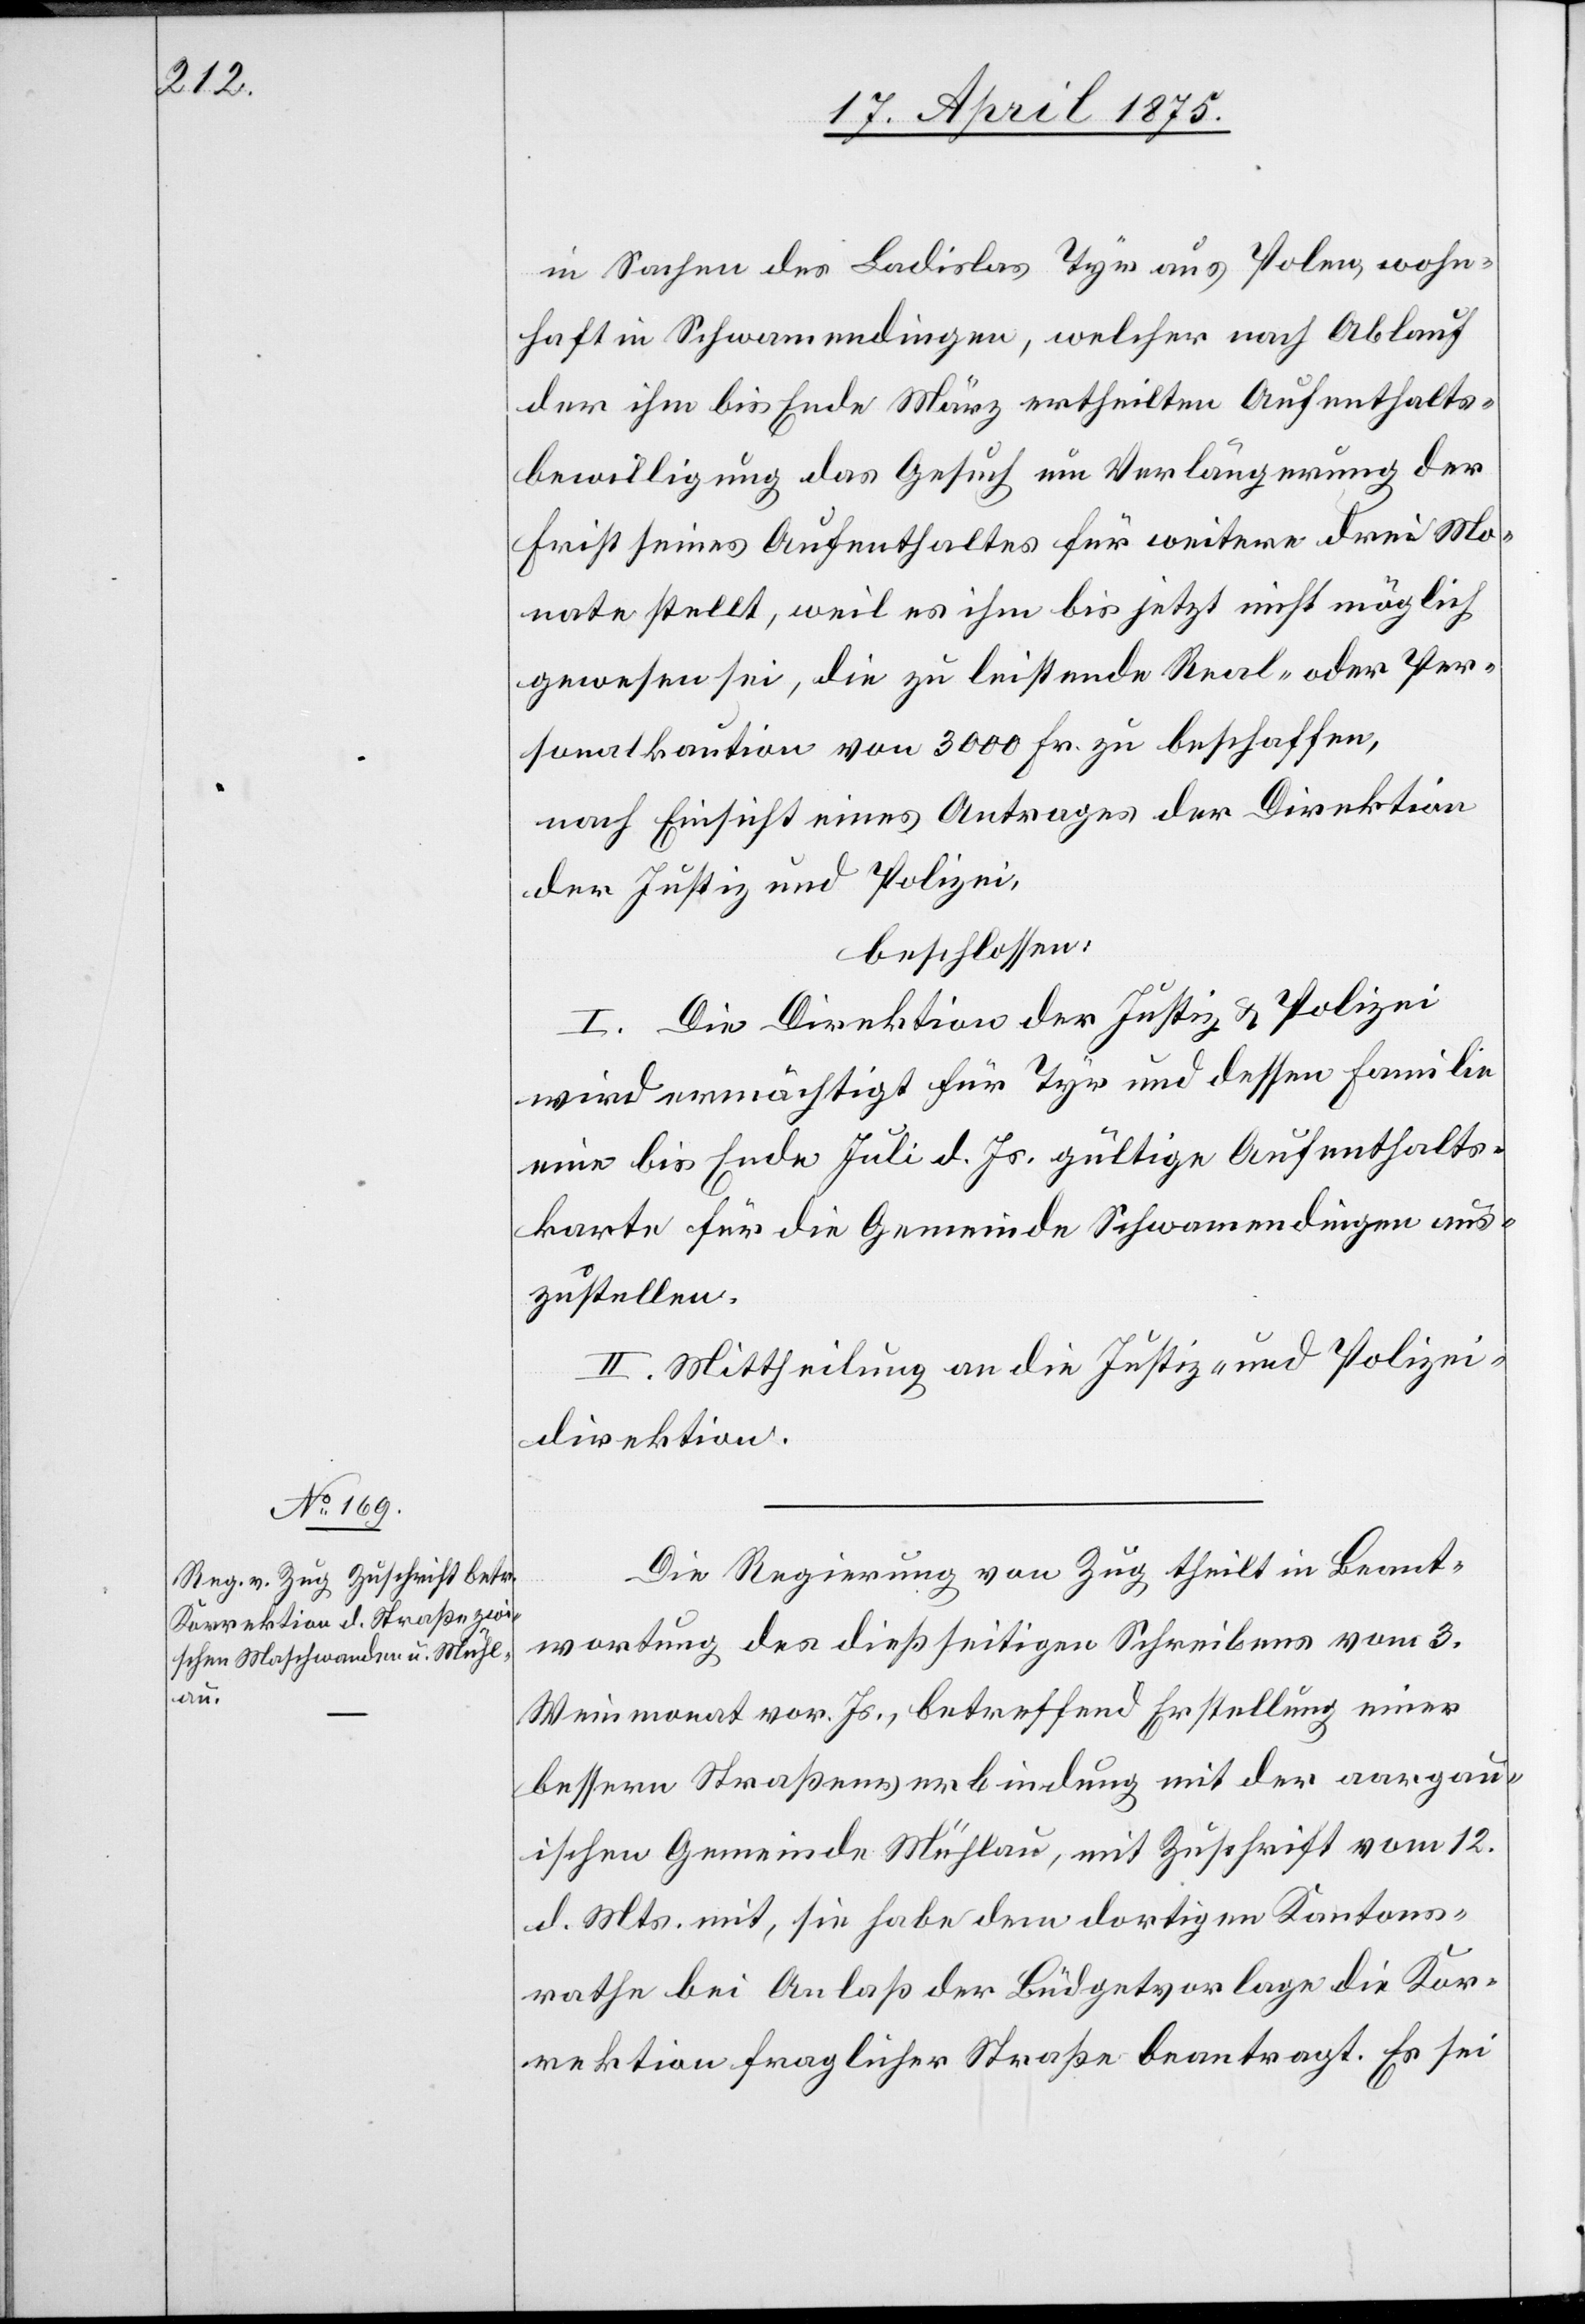
aus¬

in Sachen des Ladislas Tyr aus Polen, wohn¬
haft in Schwamendingen, welcher nach Ablauf
der ihm bis Ende März ertheilten Aufenthalts¬
bewilligung das Gesuch um Verlängerung der
Frist seines Aufenthaltes für weitere drei Mo¬
nate stellt, weil es ihm bis jetzt nicht möglich
gewesen sei, die zu leistende Real- oder Per¬
sonalkaution von 3000 Fr. zu beschaffen,
nach Einsicht eines Antrages der Direktion
der Justiz und Polizei,
beschlossen,
I. Die Direktion der Justiz & Polizei
wird ermächtigt für Tyr und dessen Familie
eine bis Ende Juli d. Js. gültige Aufenthalts¬
zustellen.
II. Mittheilung an die Justiz- und Polizei¬
direktion.
Die Regierung von Zug theilt in Beant¬
wortung des dießseitigen Schreibens vom 3.
Weinmonat vor. Js., betreffend Erstellung einer
bessern Straßenverbindung mit der aargau¬
ischen Gemeinde Mühlau, mit Zuschrift vom 12.
d. Mts. mit, sie habe dem dortigen Kantons¬
rathe bei Anlaß der Büdgetvorlage die Kor¬
rektion fraglicher Straße beantragt. Es sei